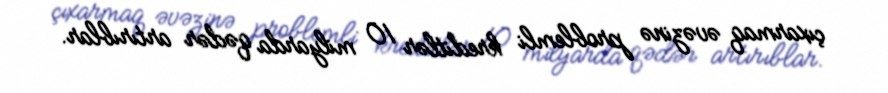
çıxarmaq əvəzinə problemli kreditlər 10 milyarda qədər artırıblar.